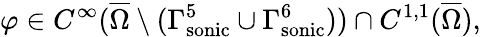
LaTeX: \varphi\in C^{\infty}(\overline{{\Omega}}\setminus({\Gamma_{\mathrm{{sonic}}}^{5}}\cup{\Gamma_{\mathrm{{sonic}}}^{6}}))\cap C^{1,1}(\overline{{\Omega}}),